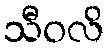
သီဝလိ